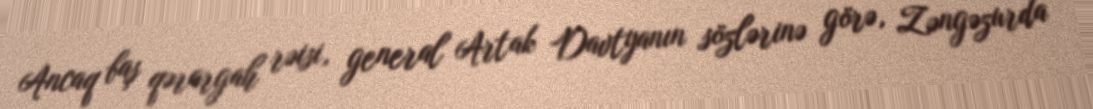
Ancaq baş qərargah rəisi, general Artak Davtyanın sözlərinə görə, Zəngəzurda